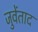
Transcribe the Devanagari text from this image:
जुवेंताद